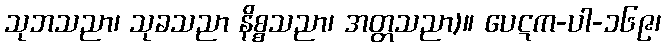
သုဘသညာ၊ သုခသညာ နိစ္စသညာ၊ အတ္တသညာ)။ ပေဋက-ပါ-၁၆၉၊